Vaccination United Provinces of Agra and Oudh 1923-1928 - 1923-1928
Year: 1923
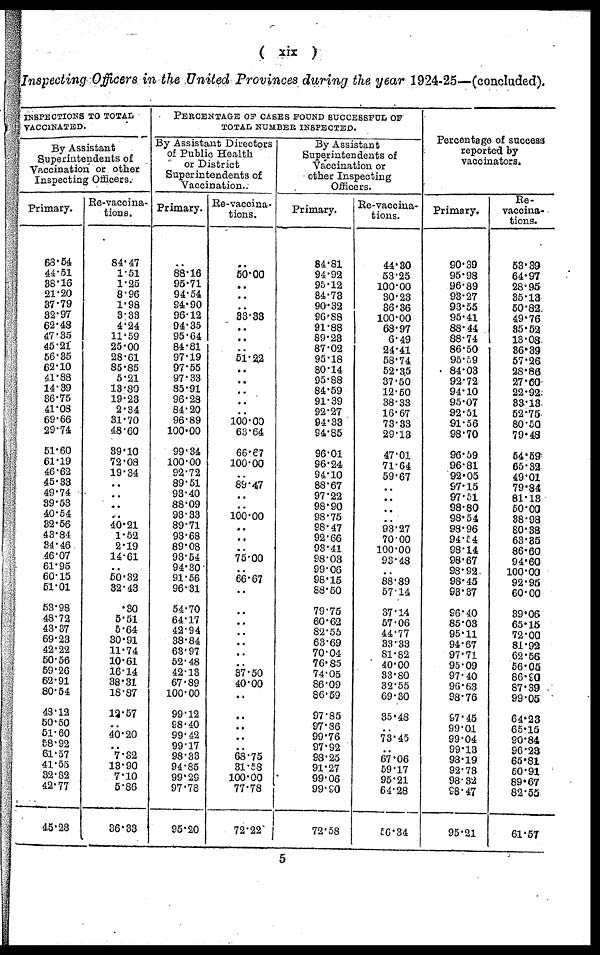
( xix )
Inspecting Officers in the United Provinces during the year 1924-25—(concluded).
INSPECTIONS TO TOTAL
VACCINATED.
By Assistant
Superintendents of
Vaccination or other
Inspecting Officers.
Primary.
68.54
44.51
38.16
21.20
37.79
32.97
62.48
47.35
45.21
56.35
62.10
41.88
14.39
86.75
41.08
69.66
29.74
51.60
61.19
46.62
45.33
49.74
39.53
40.54
32.56
43.84
34.46
46.07
61.95
60.15
51.01
53.98
48.72
43.37
69.23
42.22
50.56
59.26
62.91
80.54
48.12
50.50
51.60
58.92 61.57
41.55
32.82
42.77
45.28
Re-vaccina-
tions.
84.47
1.51
1.25
8.96
1.98
3.33
4.24
11.59
25.00
28.61
85.85
5.21
13.80
19.23
2.34
31.70
48.60
39.10
72.08
19.34
..
..
..
..
40.21
1.52
2.19
14.61
..
50.32
32.43
.30
5.51
5.64
30.91
11.74
10.61
16.14
38.31
18.87
13.57
..
40.20
..
7.82
13.90
7.10
5.86
36.33
PRECENTAGE OF CASES FOUND SUCCESSFUL OF
TOTAL NUMBER INSPECTED.
By Assistant Directors
of Public Health
or District
Superintendents of
Vaccination..
Primary.
..
88.16
95.71
94.54
94.90
96.12
94.35
96.64
84.81
97.19
97.55
97.33
85.91
96.28
84.20
96.89
100.00
99.34
100.00
92.72
89.51
93.40
88.09
93.33
89.71
93.68
89.08
98.54
94.30
91.56
96.31
54.70
64.17
42.94
38.84
63.97
52.48
42.13
67.89
100.00
99.12
98.40
99.42
99.17
98.33
94.85
99.29
97.78
95.20
Re-vaccina-
tions.
..
50.00
..
..
..
33.33
..
..
..
51.22
..
..
..
..
.. 100.00
63.64
66.67
100.00
..
89.47
..
..
100.00
..
..
..
75.00
..
66.67
..
..
..
..
..
..
..
37.50
40.00
..
..
..
..
..
68.75
31.58
100.00
77.78
72.22
By Assistant
Superintendents of
Vaccination or
other Inspecting
Officers.
Primary.
84.81
94.92
95.12
84.73
90.32
96.88
91.88
89.23
87.02
95.18
80.14
95.88
84.59
91.39
92.27
94.33
94.85
96.01
96.24
94.10
88.67
97.22
98.90
98.75
98.47
92.66
93.41
98.03
99.06
98.15
88.50
79.75
60.62
82.55
63.69
70.04
76.85
74.05
86.09
86.59
97.85
97.86
99.76
97.92
98.25
91.27
99.06
99.90
72.58
Re-vaccina-
tions.
44.30
53.25
100.00
30.23
36.36
100.00
68.97
6.49
24.41
58.74
52.35
37.50
12.50
38.33
16.67
73.33
29.13
47.01
71.64
59.67
..
..
..
93.27
70.00
100.00
93.48
..
88.89
57.14
37.14
57.06
44.77
33.33
81.82
40.00
33.80
32.55
69.30
35.48
..
73.45
..
..
59.17
95.21
64.28
56.34
Percentage of success
reported by
vaccinators.
Primary.
90.39
95.98
96.89
93.27
93.55
95.41
88.44
88.74
86.50
95.59
84.03
92.72
94.10
95.07
92.51
91.56
98.70
96.59
96.81
92.05
97.15
97.51
98.80
98.54
98.96
94.54
98.14
98.67
98.92
98.45
93.37
96.40
85.03
95.11
94.67
97.71
95.09
97.40
96.63
98.76
97.45
99.01
99.04
99.13
38.19
92.78
98.32
98.47
95.21
Re-
vaccina-
tions.
53.39
64.97
28.95
35.13
50.82
49.76
85.52
13.08
36.39
57.26
28.86
27.60
22.92
33.13
52.75
80.50
79.48
54.59
65.32
49.01
79.84
81.13
50.00
88.93
80.38
63.36
86.60
94.60
100.00
92.95
60.00
39.06
65.15
72.00
81.92
62.56
56.05
86.90
87.39
99.05
64.23
65.15
90.84
96.23 65.81
50.91
89.67
82.55
61.57
5